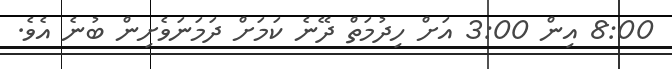
8:00 އިން 3:00 އަށް ހިދުމަތް ދޭނެ ކަމަށް ދަމަނަވެށިން ބުނެ އެވެ.